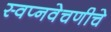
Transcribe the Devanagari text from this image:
स्वप्नवेचणीचे